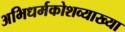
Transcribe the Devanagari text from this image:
अभिधर्मकोशव्याख्या